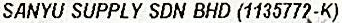
SANYU SUPPLY SDN BHD (1135772-K)